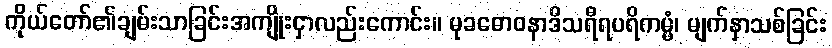
ကိုယ်တော်၏ချမ်းသာခြင်းအကျိုးငှာလည်းကောင်း။ မုခဓောဝနာဒိသရီရပရိကမ္မံ၊ မျက်နှာသစ်ခြင်း